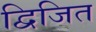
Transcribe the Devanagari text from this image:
द्विजित